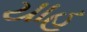
યાહ